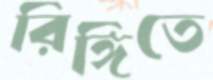
রিঙ্গিতে